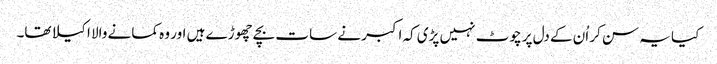
کیا یہ سن کر اُن کے دل پر چوٹ نہیں پڑی کہ اکبر نے سات بچے چھوڑے ہیں اور وہ کمانے والا اکیلا تھا۔